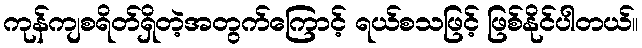
ကုန်ကျစရိတ်ရှိတဲ့အတွက်ကြောင့် ရယ်စသဖြင့် ဖြစ်နိုင်ပါတယ်။